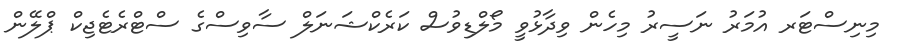
މިނިސްޓަރ އުމަރު ނަސީރު މިހެން ވިދާޅުވީ މޯލްޑިވުސް ކަރެކްޝަނަލް ސާވިސްގެ ސްޓްރެޓެޖިކް ޕްލޭން